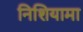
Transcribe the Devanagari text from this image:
निशियामा